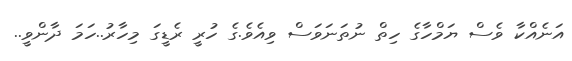
އަނެއްކާ ވެސް ޔަމްހާގެ ހިތް ނުތަނަވަސް ވިއެވެ.ގެ ހުރީ ރެޑީގަ މިހާރު..ހަމަ ދާންވީ..